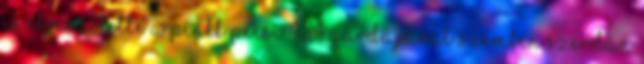
is elveszítette a PINKK Pécsi 424 gárdájával szemben szerdán